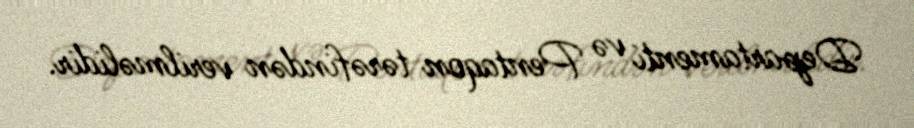
Departamenti və Pentaqon tərəfindən verilməlidir.